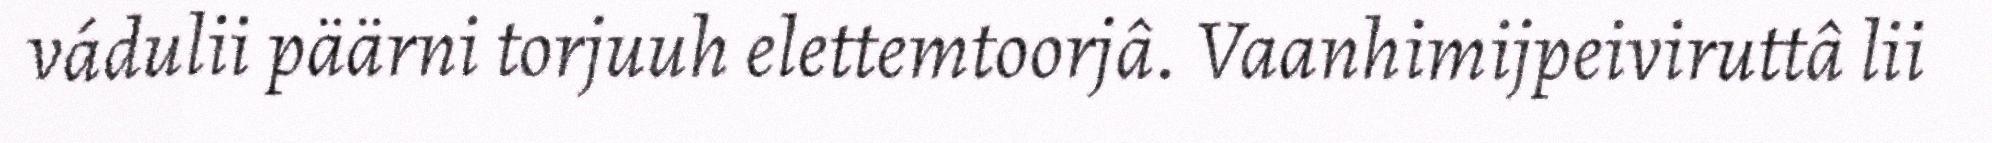
vádulii päärni torjuuh elettemtoorjâ. Vaanhimijpeiviruttâ lii